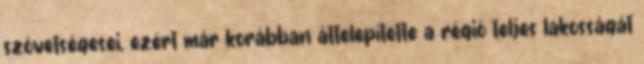
szövetségesei, ezért már korábban áttelepítette a régió teljes lakosságát